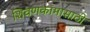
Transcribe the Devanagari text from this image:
शिवणकामासाठी